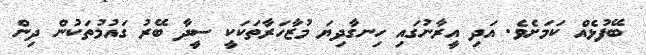
ބޭފުޅެއް ކަމަށެވެ. އަދި އީރާނުގައި ހިނގާދިޔަ މުޒާހަރާތަކަކީ ސީދާ ބޭރު ގައުމުތަކުން ދިން